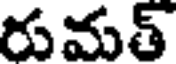
రుమత్